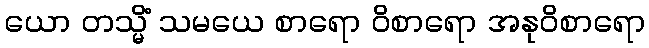
ယော တသ္မိံ သမယေ စာရော ဝိစာရော အနုဝိစာရော